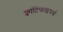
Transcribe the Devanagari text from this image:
क्वांटिफाइयर्स